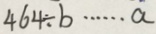
4 6 4 \div b \cdots a